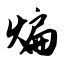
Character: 煸